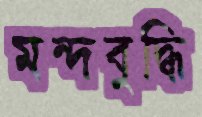
মন্দবুদ্ধি